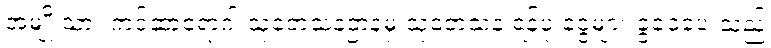
အမျိုးသား ကင်ဆာရောဂါ သုတေသနဌာနမှ သုတေသန ရန်ပုံ ငွေများ ခွဲဝေပေးသည့်